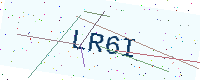
Text: LR6I